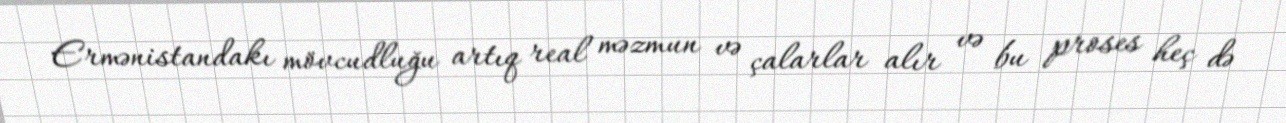
Ermənistandakı mövcudluğu artıq real məzmun və çalarlar alır və bu proses heç də